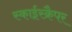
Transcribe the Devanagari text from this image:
स्काईस्क्रैपर